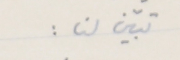
تبيّن لنا :